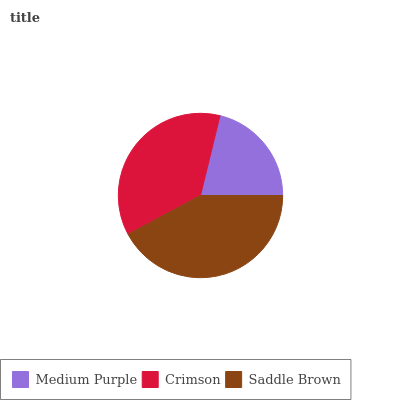
| Medium Purple | Crimson | Saddle Brown |
 | --- | --- | --- |
 | 21.2% | 36.6% | 42.2% |